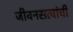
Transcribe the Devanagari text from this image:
जीवनसत्वांची